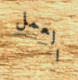
العمل